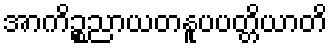
အာကိဉ္စညာယတနူပပတ္တိယာတိ